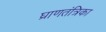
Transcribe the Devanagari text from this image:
घ्राणतंत्रिका